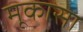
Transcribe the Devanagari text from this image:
मूकासा